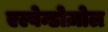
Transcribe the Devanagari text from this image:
एल्बेन्डोज़ोल